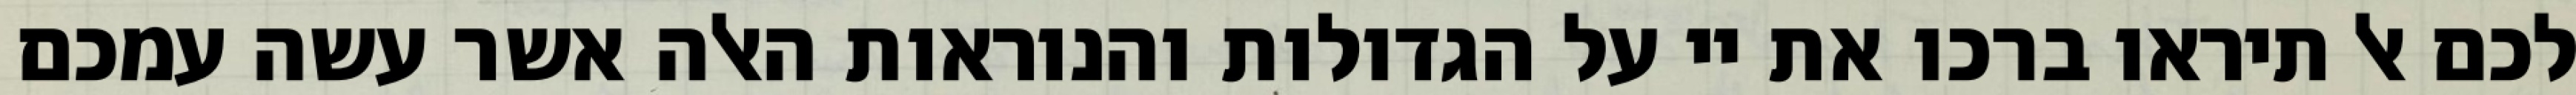
לכם אל תיראו ברכו את יי על הגדולות והנוראות האלה אשר עשה עמכם